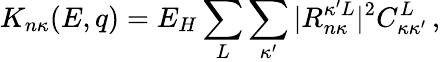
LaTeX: K_{n\kappa}{(E,q)}=E_{H}\sum_{L}\sum_{\kappa^{\prime}}|R_{n\kappa}^{\kappa^{\prime}L}|^{2}C_{\kappa\kappa^{\prime}}^{L}\, ,